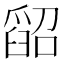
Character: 𦦌